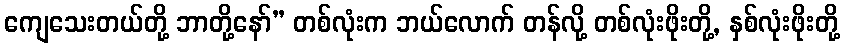
ကျေသေးတယ်တို့ ဘာတို့နော်” တစ်လုံးက ဘယ်လောက် တန်လို့ တစ်လုံးဖိုးတို့, နှစ်လုံးဖိုးတို့